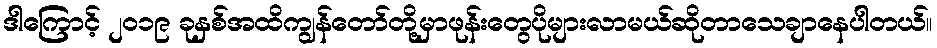
ဒါကြောင့် ၂၀၁၉ ခုနှစ်အထိကျွန်တော်တို့မှာဖုန်းတွေပိုများလာမယ်ဆိုတာသေချာနေပါတယ်။